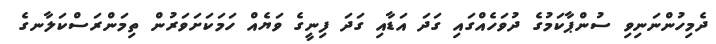
ދެމިހުންނަނިވި ސުންޕާކަމުގެ ދުވަހެއްގައި ގަދަ އަޑާއި ގަދަ ފިނީގެ ވަޔެއް ހަމަކަށަވަރުން ތިމަންރަސްކަލާނގެ